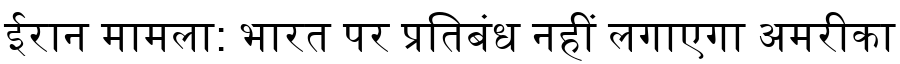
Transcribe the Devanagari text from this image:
ईरान मामला: भारत पर प्रतिबंध नहीं लगाएगा अमरीका